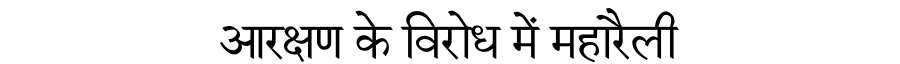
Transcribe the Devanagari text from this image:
आरक्षण के विरोध में महारैली